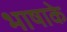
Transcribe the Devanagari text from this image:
भाषाके